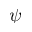
\psi